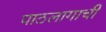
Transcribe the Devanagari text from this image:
पाठलागाची